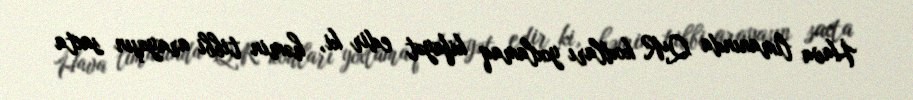
Hava limanında QR kodları yoxlamaq kifayət edir ki, həmin tibbi arayaşın saxta